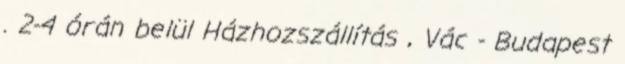
. 2-4 órán belül Házhozszállítás , Vác - Budapest